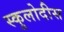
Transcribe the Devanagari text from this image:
स्कुलोदीस